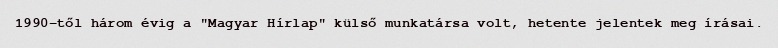
1990-től három évig a "Magyar Hírlap" külső munkatársa volt, hetente jelentek meg írásai.